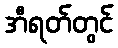
အီရတ်တွင်